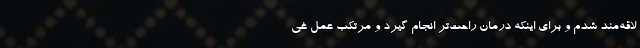
لاقه‌مند شدم و برای اینکه درمان راحت‌تر انجام گیرد و مرتکب عمل غی